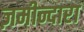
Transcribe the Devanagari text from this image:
ज़मीन्दारा